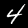
Label: 4